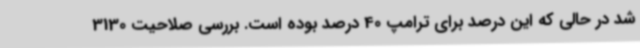
شد در حالی که این درصد برای ترامپ 40 درصد بوده است. بررسی صلاحیت 3130